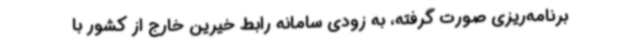
برنامه‌ریزی صورت گرفته، به زودی سامانه رابط خیرین خارج از کشور با